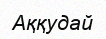
Аққудай